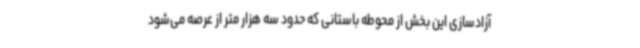
آزادسازی این بخش از محوطه باستانی که حدود سه هزار متر از عرصه می‌شود